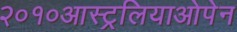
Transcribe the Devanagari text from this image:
२०१०आस्ट्रलियाओपेन